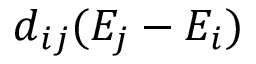
\boldsymbol { d } _ { i j } ( E _ { j } - E _ { i } )